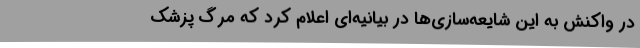
در واکنش به این شایعه‌سازی‌ها در بیانیه‌ای اعلام کرد ‌که مرگ پزشک